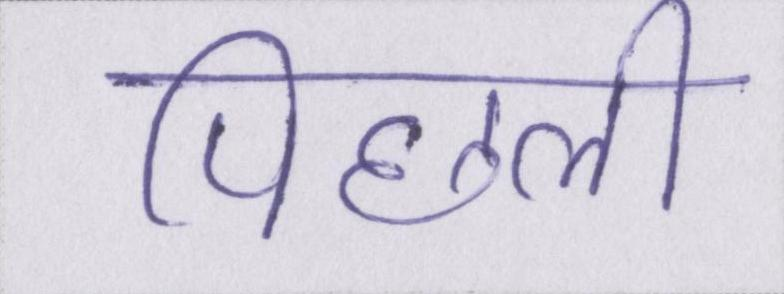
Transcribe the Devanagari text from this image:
पिछली